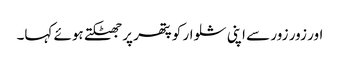
اور زور زور سے اپنی شلوار کو پتھر پر جھٹکتے ہوئے کہا۔